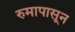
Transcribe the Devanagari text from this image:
रुमापासून